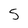
Character: 5